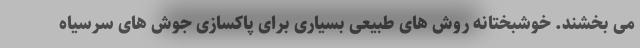
می بخشند. خوشبختانه روش های طبیعی بسیاری برای پاکسازی جوش های سرسیاه